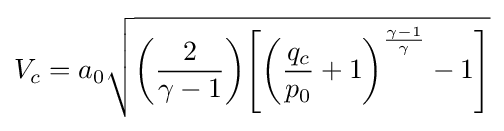
V_{c}=a_{0}{\sqrt {{\bigg (}{\frac {2}{\gamma -1}}{\bigg )}{\Bigg [}{\bigg (}{\frac {q_{c}}{p_{0}}}+1{\bigg )}^{\frac {\gamma -1}{\gamma }}-1{\Bigg ]}}}